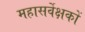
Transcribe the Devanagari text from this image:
महासर्वेक्षकों